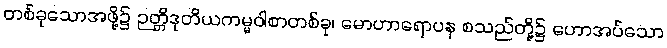
တစ်ခုသောအဖို့၌ ဉတ္တိဒုတိယကမ္မဝါစာတစ်ခု၊ မောဟာရောပန စသည်တို့၌ ဟောအပ်သော